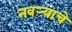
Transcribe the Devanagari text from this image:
नवर्‍याचे